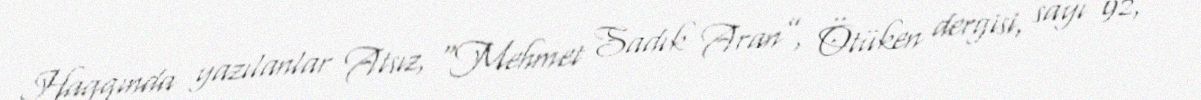
Haqqında yazılanlar Atsız, “Mehmet Sadık Aran”, Ötüken dergisi, sayı 92,